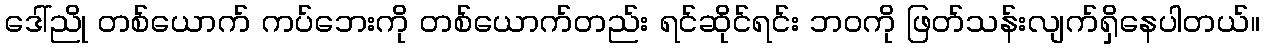
ဒေါ်ညို တစ်ယောက် ကပ်ဘေးကို တစ်ယောက်တည်း ရင်ဆိုင်ရင်း ဘဝကို ဖြတ်သန်းလျက်ရှိနေပါတယ်။